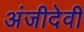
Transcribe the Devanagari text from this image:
अंजीदेवी